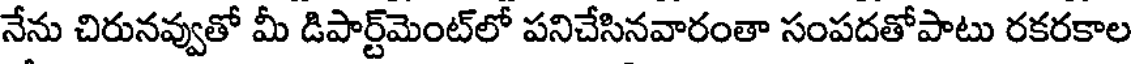
నేను చిరునవ్వుతో మీ డిపార్ట్మెంట్లో పనిచేసినవారంతా సంపదతోపాటు రకరకాల